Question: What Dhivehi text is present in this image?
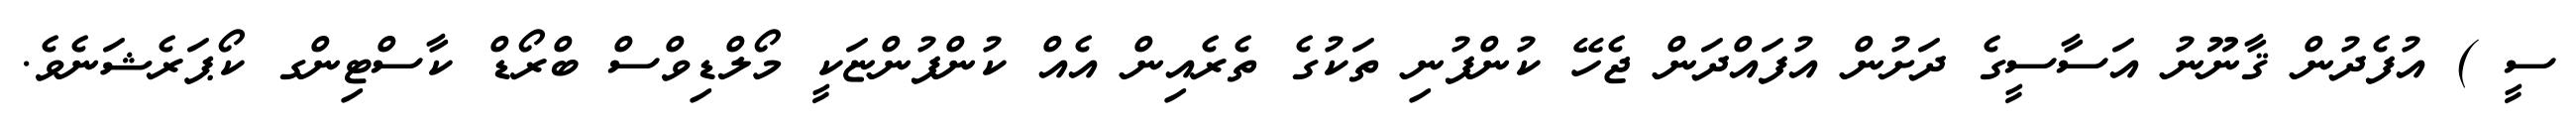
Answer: ސީ ) އުފެދުން ޤާނޫނު އަސާސީގެ ދަށުން އުފައްދަން ޖެހޭ ކުންފުނި ތަކުގެ ތެރެއިން އެއް ކުންފުންޏަކީ މޯލްޑިވްސް ބްރޯޑް ކާސްޓިންގ ކޯޕަރެޝަނެވެ.